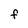
Character: F